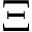
\Xi